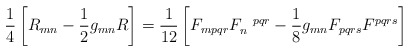
\begin{align*}\frac{1}{4}\left[R_{mn}-\frac{1}{2}g_{mn}R\right] = \frac{1}{12}\left[F_{mpqr}F_n^{~~pqr}-\frac{1}{8}g_{mn}F_{pqrs}F^{pqrs}\right]\end{align*}